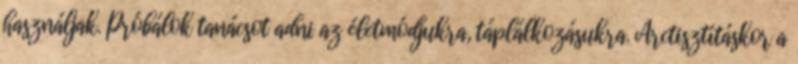
használjak. Próbálok tanácsot adni az életmódjukra, táplálkozásukra. Arctisztításkor a